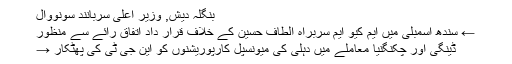
بنگلہ دیش, وزیر اعلی سربانند سونووال
← سندھ اسمبلی میں ایم کیو ایم سربراہ الطاف حسین کے خلاف قرار داد اتفاق رائے سے منظور
ڈینگی اور چکنگنیا معاملے میں دہلی کی میونسپل کارپوریشنوں کو این جی ٹی کی پھٹکار →